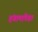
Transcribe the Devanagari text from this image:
हंगामांपेक्षा